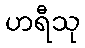
ဟရီသု